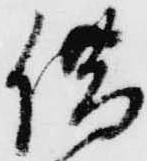
借